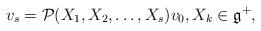
LaTeX: \begin{gather*}v_s = {\cal P}(X_1, X_2, \dots, X_s) v_0,X_k \in {\mathfrak g}^+,\end{gather*}